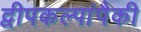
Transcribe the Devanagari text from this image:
द्वीपकल्पांपैकी